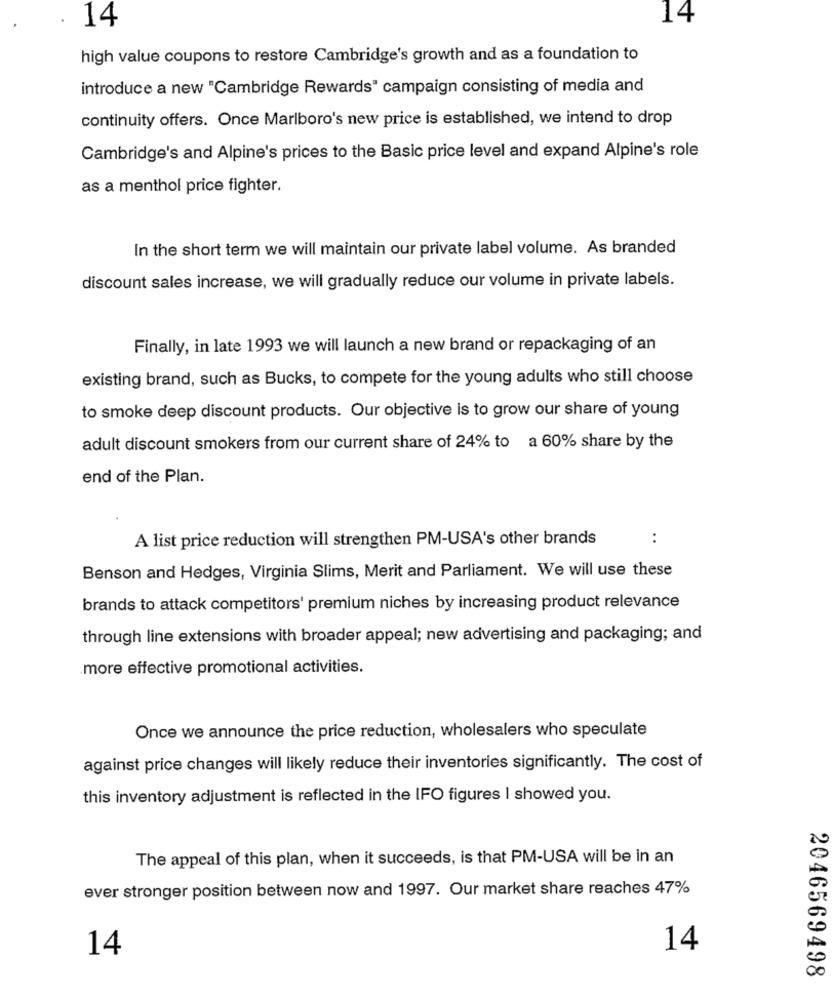
14
14
high value coupons to restore Cambridge's growth and as a foundation to
introduce a new "Cambridge Rewards" campaign consisting of media and
continuity offers. Once Marlboro's new price is established, we intend to drop
Cambridge's and Alpine's prices to the Basic price level and expand Alpine's role
as a menthol price fighter.
In the short term we will maintain our private label volume. As branded
discount sales increase, we will gradually reduce our volume in private labels.
Finally, in late 1993 we will launch a new brand or repackaging of an
existing brand, such as Bucks, to compete for the young adults who still choose
to smoke deep discount products. Our objective is to grow our share of young
adult discount smokers from our current share of 24% to a 60% share by the
end of the Plan.
A list price reduction will strengthen PM-USA's other brands
:
Benson and Hedges, Virginia Slims, Merit and Parliament. We will use these
brands to attack competitors' premium niches by increasing product relevance
through line extensions with broader appeal; new advertising and packaging; and
more effective promotional activities.
Once we announce the price reduction, wholesalers who speculate
against price changes will likely reduce their inventories significantly. The cost of
this inventory adjustment is reflected in the IFO figures I showed you.
The appeal of this plan, when it succeeds, is that PM-USA will be in an
ever stronger position between now and 1997. Our market share reaches 47%
14
14
2046569498